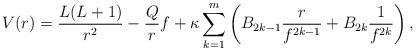
LaTeX: \begin{align*} V(r) = \frac{L(L+1)}{r^2} - \frac{Q}{r}f + \kappa \sum_{k=1}^m \left(B_{2k-1}\frac{r}{f^{2k-1}} + B_{2k} \frac{1}{f^{2k}}\right), \end{align*}